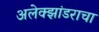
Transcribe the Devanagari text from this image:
अलेक्झांडराचा